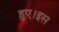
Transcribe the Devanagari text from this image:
हुए।इस